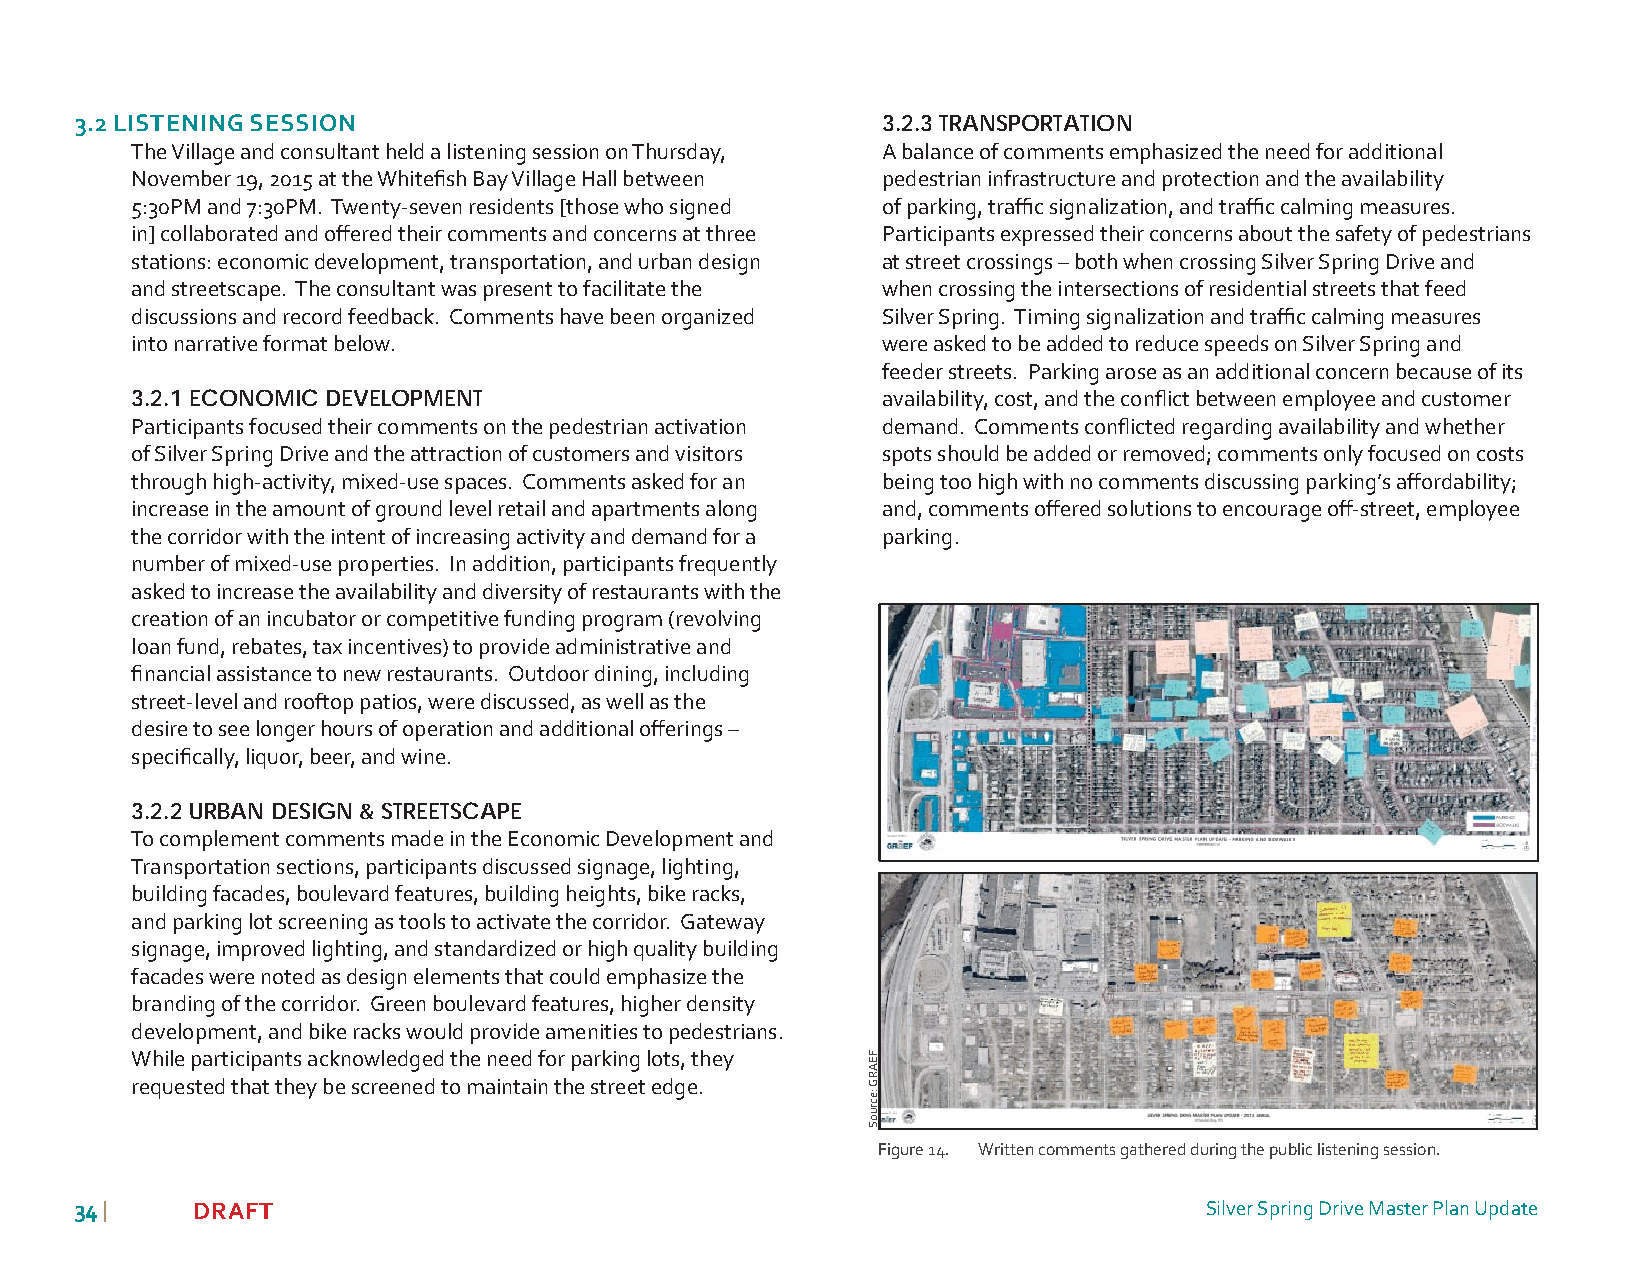
3.2 LISTENING SESSION                                3.2.3 TRANSPORTATION
 The Village and consultant held a listening session on Thursday, A balance of comments emphasized the need for additional
 November 19, 2015 at the Whitefi sh Bay Village Hall between pedestrian infrastructure and protection and the availability
 5:30PM and 7:30PM. Twenty-seven residents [those who signed of parking, traffi c signalization, and traffi c calming measures.
 in] collaborated and off ered their comments and concerns at three Participants expressed their concerns about the safety of pedestrians
 stations: economic development, transportation, and urban design at street crossings – both when crossing Silver Spring Drive and
 and streetscape. The consultant was present to facilitate the when crossing the intersections of residential streets that feed
 discussions and record feedback. Comments have been organized Silver Spring. Timing signalization and traffi c calming measures
 into narrative format below.                     were asked to be added to reduce speeds on Silver Spring and
 feeder streets. Parking arose as an additional concern because of its
 3.2.1 ECONOMIC DEVELOPMENT                       availability, cost, and the confl ict between employee and customer
 Participants focused their comments on the pedestrian activation demand. Comments confl icted regarding availability and whether
 of Silver Spring Drive and the attraction of customers and visitors spots should be added or removed; comments only focused on costs
 through high-activity, mixed-use spaces. Comments asked for an being too high with no comments discussing parking’s aff ordability;
 increase in the amount of ground level retail and apartments along and, comments off ered solutions to encourage off -street, employee
 the corridor with the intent of increasing activity and demand for a parking.
 number of mixed-use properties. In addition, participants frequently
 asked to increase the availability and diversity of restaurants with the
 creation of an incubator or competitive funding program (revolving
 loan fund, rebates, tax incentives) to provide administrative and
 fi nancial assistance to new restaurants. Outdoor dining, including
 street-level and rooftop patios, were discussed, as well as the
 desire to see longer hours of operation and additional off erings –
 specifi cally, liquor, beer, and wine.
 3.2.2 URBAN DESIGN & STREETSCAPE
 To complement comments made in the Economic Development and
 Transportation sections, participants discussed signage, lighting,
 building facades, boulevard features, building heights, bike racks,
 and parking lot screening as tools to activate the corridor. Gateway
 signage, improved lighting, and standardized or high quality building
 facades were noted as design elements that could emphasize the
 branding of the corridor. Green boulevard features, higher density
 development, and bike racks would provide amenities to pedestrians.
 While participants acknowledged the need for parking lots, they
 requested that they be screened to maintain the street edge.
 Figure 14. Written comments gathered during the public listening session.
 3344 |  DRAFT                                                              Silver Spring Drive Master Plan Update
 FEARG
 :ecruoS